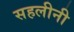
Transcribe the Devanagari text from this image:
सहलीनी